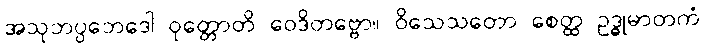
အသုဘပ္ပဘေဒေါ ဝုတ္တောတိ ဝေဒိတဗ္ဗော။ ဝိသေသတော စေတ္ထ ဥဒ္ဓုမာတကံ